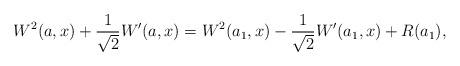
LaTeX: \begin{align*}W^2(a,x) + \frac{1}{\sqrt{2}}W^{\prime}(a,x) = W^2(a_{1},x) -\frac{1}{\sqrt{2}}W^{\prime} (a_1,x) +R (a_1), \end{align*}